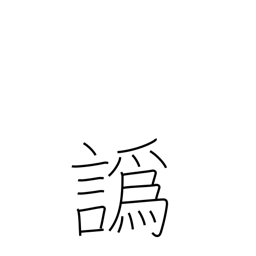
Meaning: accent